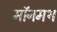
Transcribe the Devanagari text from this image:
मॉनमथ